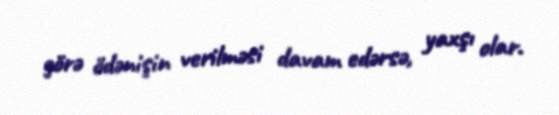
görə ödənişin verilməsi davam edərsə, yaxşı olar.